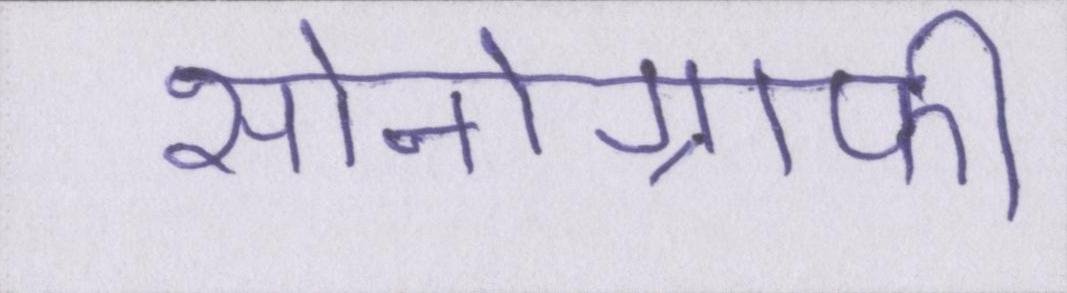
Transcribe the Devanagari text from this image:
सोनोग्राफी